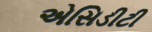
એસિડીટી